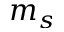
m _ { s }